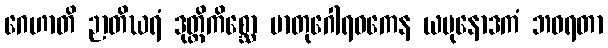
ဂေဟာတိ ဉာတိဃရံ ဒုတ္တိကိစ္ဆော မာတုဂေါရဝကေန ယမုနောဒကံ ဘဝရတာ